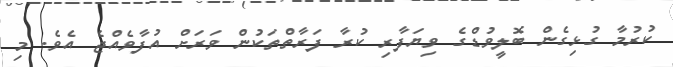
ކުރުމާ ގުޅިގެން ބޮލީވުޑްގެ ވިޔަފާރި ކުރާ ފަރާތްތަކުން ވަރަށް އުފާވެއްޖެ އެވެ. މި